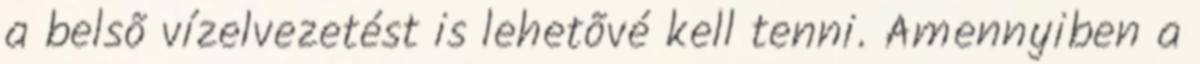
a belsõ vízelvezetést is lehetõvé kell tenni. Amennyiben a